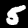
Digit: 5